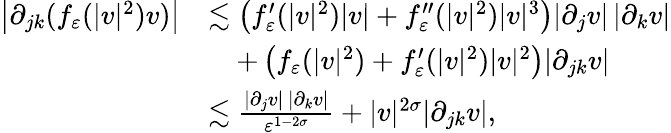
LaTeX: \begin{array}{rl}{\left|\partial_{jk}(f_{\varepsilon}(|v|^{2})v)\right|}&{\lesssim\left(f_{\varepsilon}^{\prime}(|v|^{2})|v|+f_{\varepsilon}^{\prime\prime}(|v|^{2})|v|^{3}\right)|\partial_{j}v|\, |\partial_{k}v|}\\ &{\quad+\left(f_{\varepsilon}(|v|^{2})+f_{\varepsilon}^{\prime}(|v|^{2})|v|^{2}\right)|\partial_{jk}v|}\\ &{\lesssim\frac{|\partial_{j}v|\, |\partial_{k}v|}{\varepsilon^{1-2\sigma}}+|v|^{2\sigma}|\partial_{jk}v|,}\end{array}